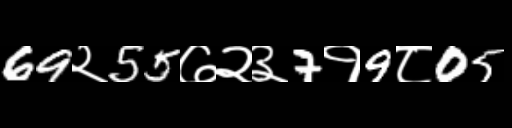
Text: 69२55७२३7१9८05